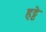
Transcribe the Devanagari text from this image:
हट्टे